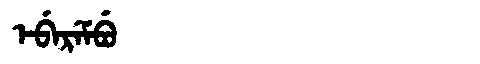
Manchu: ᡝᠪᡝᡵᡝᠮᠪᡠ
Romanization: EBEREMBU